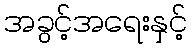
အခွင့်အရေးနှင့်